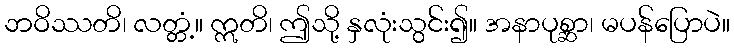
ဘဝိဿတိ၊ လတ္တံ့။ ဣတိ၊ ဤသို့ နှလုံးသွင်း၍။ အနာပုစ္ဆာ၊ မပန်ပြောပဲ။